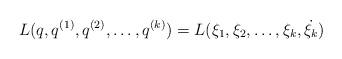
LaTeX: \begin{align*}L(q, q^{(1)}, q^{(2)},\dots, q^{(k)})= L(\xi_1, \xi_2,\dots ,\xi_k, \dot{\xi_k})\end{align*}